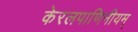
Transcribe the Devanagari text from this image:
केरलपाणिनीयम्